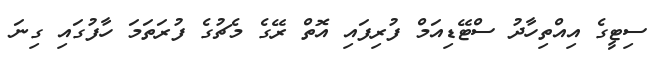
ސިޓީގެ އިއްތިހާދު ސްޓޭޑިއަމް ފުރިފައި އޮތް ރޭގެ މެޗުގެ ފުރަތަމަ ހާފުގައި ގިނަ